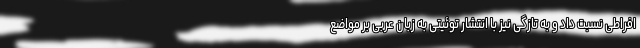
افراطی نسبت داد و به تازگی نیز با انتشار توئیتی به زبان عربی بر مواضع